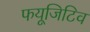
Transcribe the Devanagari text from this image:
फयूजिटिव